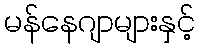
မန်နေဂျာများနှင့်